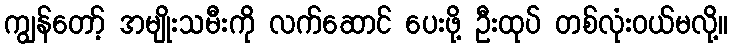
ကျွန်တော့် အမျိုးသမီးကို လက်ဆောင် ပေးဖို့ ဦးထုပ် တစ်လုံးဝယ်မလို့။